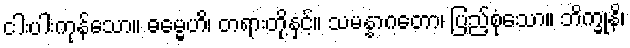
ငါးပါးကုန်သော။ ဓမ္မေဟိ၊ တရားတို့နှင့်။ သမန္နာဂတော၊ ပြည့်စုံသော။ ဘိက္ခုနိ၊